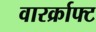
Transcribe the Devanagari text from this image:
वारर्क्राफ्ट